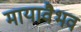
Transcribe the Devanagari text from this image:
मायावैभव